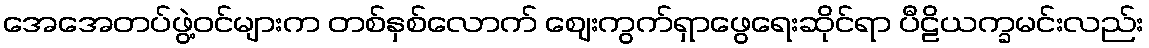
အေအေတပ်ဖွဲ့ဝင်များက တစ်နှစ်လောက် ဈေးကွက်ရှာဖွေရေးဆိုင်ရာ ပီဠိယက္ခမင်းလည်း